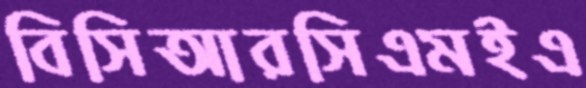
বিসিআরসিএমইএ